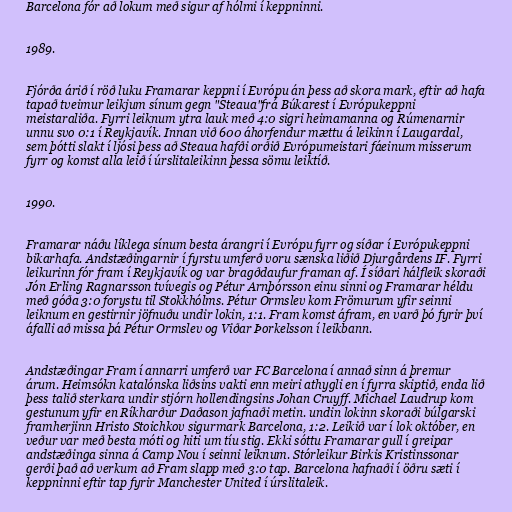
Barcelona fór að lokum með sigur af hólmi í keppninni.

1989.

Fjórða árið í röð luku Framarar keppni í Evrópu án þess að skora mark, eftir að hafa
tapað tveimur leikjum sínum gegn "Steaua"frá Búkarest í Evrópukeppni
meistaraliða. Fyrri leiknum ytra lauk með 4:0 sigri heimamanna og Rúmenarnir
unnu svo 0:1 í Reykjavík. Innan við 600 áhorfendur mættu á leikinn í Laugardal,
sem þótti slakt í ljósi þess að Steaua hafði orðið Evrópumeistari fáeinum misserum
fyrr og komst alla leið í úrslitaleikinn þessa sömu leiktíð.

1990.

Framarar náðu líklega sínum besta árangri í Evrópu fyrr og síðar í Evrópukeppni
bikarhafa. Andstæðingarnir í fyrstu umferð voru sænska liðið Djurgårdens IF. Fyrri
leikurinn fór fram í Reykjavík og var bragðdaufur framan af. Í síðari hálfleik skoraði
Jón Erling Ragnarsson tvívegis og Pétur Arnþórsson einu sinni og Framarar héldu
með góða 3:0 forystu til Stokkhólms. Pétur Ormslev kom Frömurum yfir seinni
leiknum en gestirnir jöfnuðu undir lokin, 1:1. Fram komst áfram, en varð þó fyrir því
áfalli að missa þá Pétur Ormslev og Viðar Þorkelsson í leikbann.

Andstæðingar Fram í annarri umferð var FC Barcelona í annað sinn á þremur
árum. Heimsókn katalónska liðsins vakti enn meiri athygli en í fyrra skiptið, enda lið
þess talið sterkara undir stjórn hollendingsins Johan Cruyff. Michael Laudrup kom
gestunum yfir en Ríkharður Daðason jafnaði metin. undin lokinn skoraði búlgarski
framherjinn Hristo Stoichkov sigurmark Barcelona, 1:2. Leikið var í lok október, en
veður var með besta móti og hiti um tíu stig. Ekki sóttu Framarar gull í greipar
andstæðinga sinna á Camp Nou í seinni leiknum. Stórleikur Birkis Kristinssonar
gerði það að verkum að Fram slapp með 3:0 tap. Barcelona hafnaði í öðru sæti í
keppninni eftir tap fyrir Manchester United í úrslitaleik.